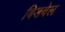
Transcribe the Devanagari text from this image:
बिडवेल